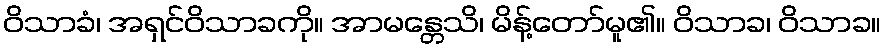
ဝိသာခံ၊ အရှင်ဝိသာခကို။ အာမန္တေသိ၊ မိန့်တော်မူ၏။ ဝိသာခ၊ ဝိသာခ။